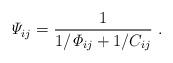
LaTeX: \begin{align*}{\it \Psi}_{ij} = \dfrac{1}{1/{\it \Phi}_{ij} + 1/C_{ij} } \ . \end{align*}